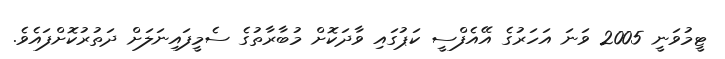
ޓީމުވަނީ 2005 ވަނަ އަހަރުގެ އޭއެފްސީ ކަޕުގައި ވާދަކޮށް މުބާރާތުގެ ސެމީފައިނަލަށް ދަތުރުކޮށްފައެވެ.